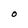
Character: O